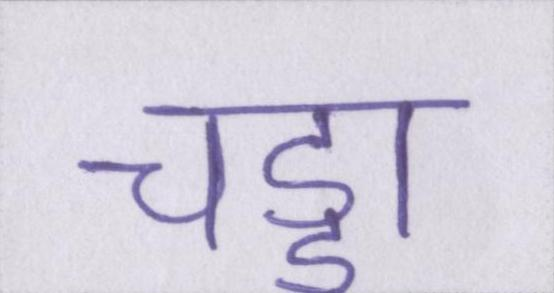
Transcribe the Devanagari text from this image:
चड्डा